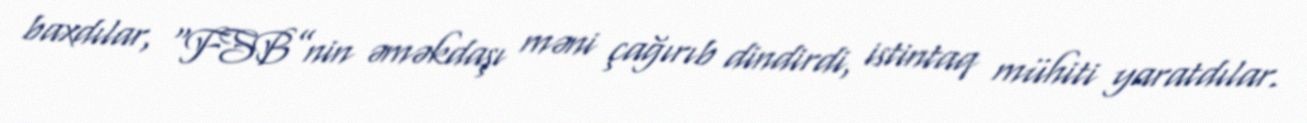
baxdılar, “FSB”nin əməkdaşı məni çağırıb dindirdi, istintaq mühiti yaratdılar.